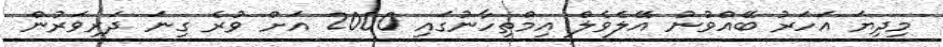
މިދިޔަ އަހަރު ބޭއްވުނު އޭލެވެލް އިމްތިހާނުގައި 2000 އަށް ވުރެ ގިނަ ދަރިވަރުން